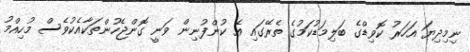
ނިމިދިޔަ އަހަރު ކޮވިޑްގެ ބަލިމަޑުކަމުގެ ތެރޭގައި އެ ކުންފުނިން ވަނީ ގޮންޖެހުންތަކާއެކުވެސް މުހިއްމު